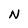
Character: N